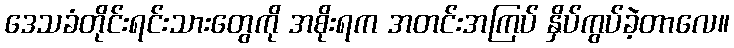
ဒေသခံတိုင်းရင်းသားတွေကို အစိုးရက အတင်းအကြပ် နှိပ်ကွပ်ခဲ့တာလေ။